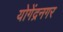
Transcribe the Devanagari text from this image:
योगेंद्रनगर